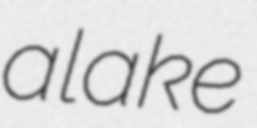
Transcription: a lake